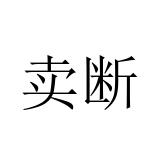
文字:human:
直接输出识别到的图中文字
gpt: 卖断